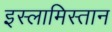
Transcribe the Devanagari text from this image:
इस्लामिस्तान